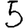
Digit: 5